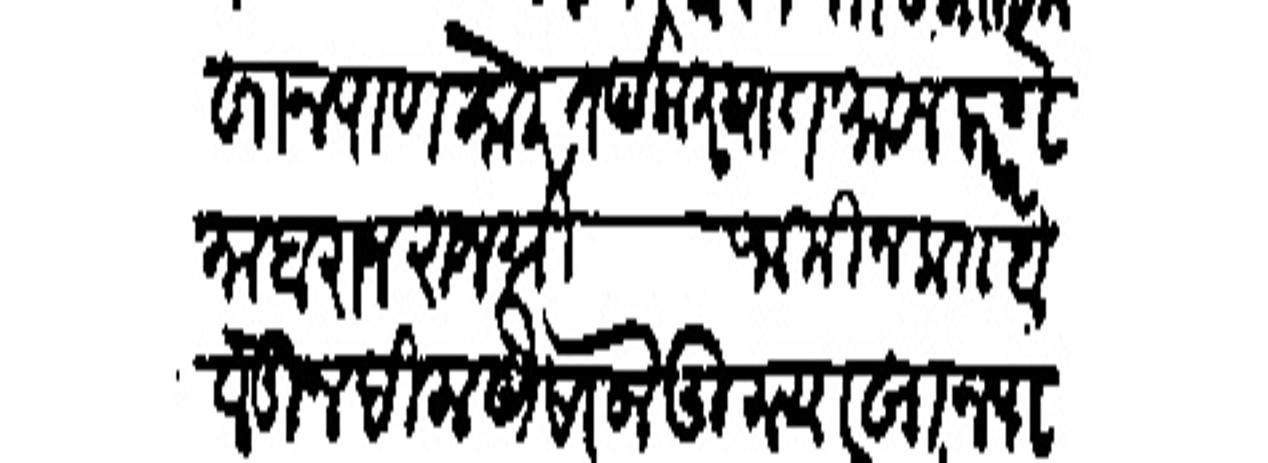
Transliteration (Devanagari): खान पाणसरे तर्फ करियात मावल करणे माहाराज राजश्री जामिन कतबा लेहून दिल्हा यैसा जे तुन्यारखान पानसरा